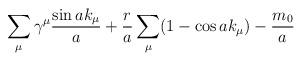
LaTeX: \begin{align*}\sum_{\mu}\gamma^{\mu}\frac{\sin ak_{\mu}}{a} + \frac{r}{a}\sum_{\mu}(1 -\cos ak_{\mu}) - \frac{m_{0}}{a}\end{align*}